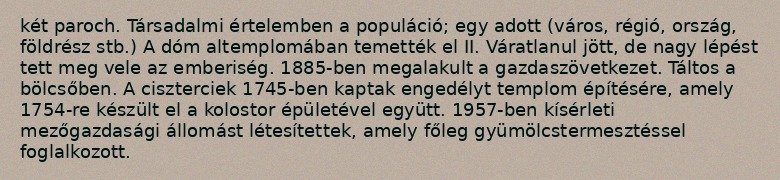
két paroch. Társadalmi értelemben a populáció; egy adott (város, régió, ország, földrész stb.) A dóm altemplomában temették el II. Váratlanul jött, de nagy lépést tett meg vele az emberiség. 1885-ben megalakult a gazdaszövetkezet. Táltos a bölcsőben. A ciszterciek 1745-ben kaptak engedélyt templom építésére, amely 1754-re készült el a kolostor épületével együtt. 1957-ben kísérleti mezőgazdasági állomást létesítettek, amely főleg gyümölcstermesztéssel foglalkozott.